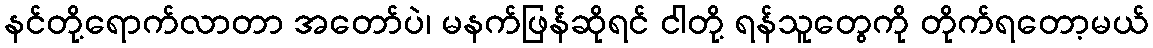
နင်တို့ရောက်လာတာ အတော်ပဲ၊ မနက်ဖြန်ဆိုရင် ငါတို့ ရန်သူတွေကို တိုက်ရတော့မယ်